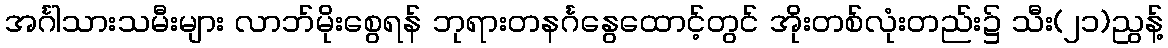
အင်္ဂါသားသမီးများ လာဘ်မိုးစွေရန် ဘုရားတနင်္ဂနွေထောင့်တွင် အိုးတစ်လုံးတည်း၌ သီး(၂၁)ညွန့်